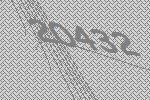
20432